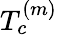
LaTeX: T_{c}^{(m)}